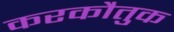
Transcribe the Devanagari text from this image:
करकौतुक